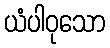
ယံပါဝုသော